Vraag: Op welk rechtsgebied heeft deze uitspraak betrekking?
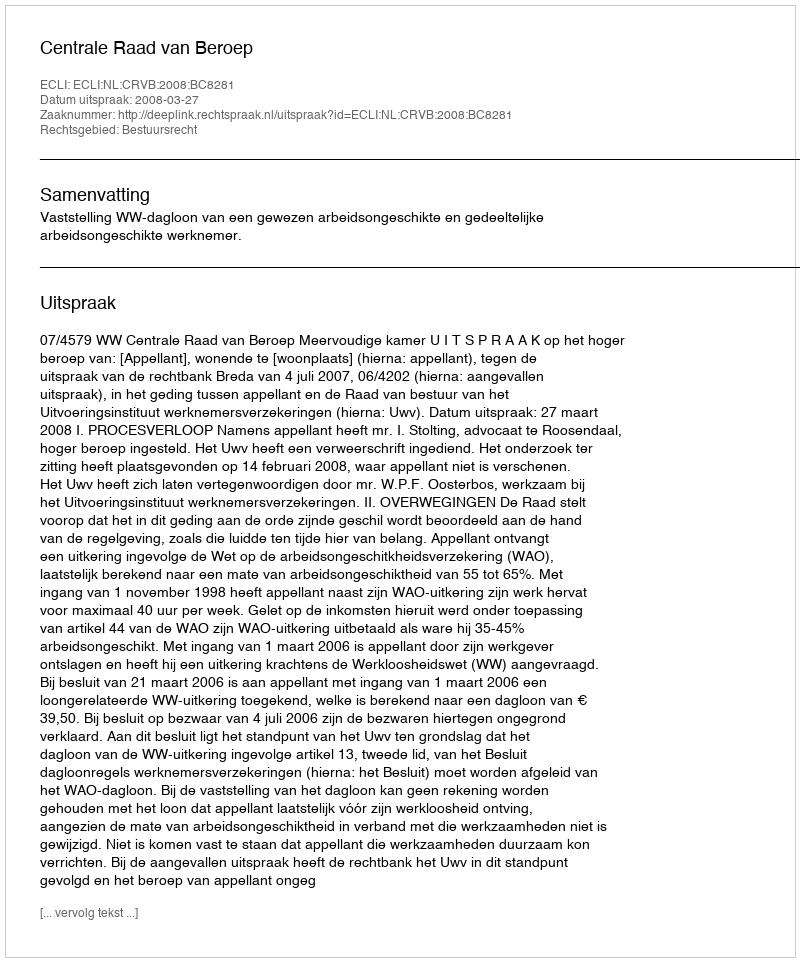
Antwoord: Bestuursrecht